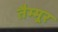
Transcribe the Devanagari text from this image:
तैम्मूर